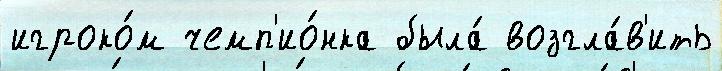
игроко́м чемп'ио́нка была́ возгла́в'ить